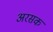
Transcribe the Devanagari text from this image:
अरसक